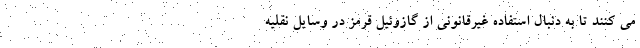
می كنند تا به دنبال استفاده غیرقانونی از گازوئیل قرمز در وسایل نقلیه